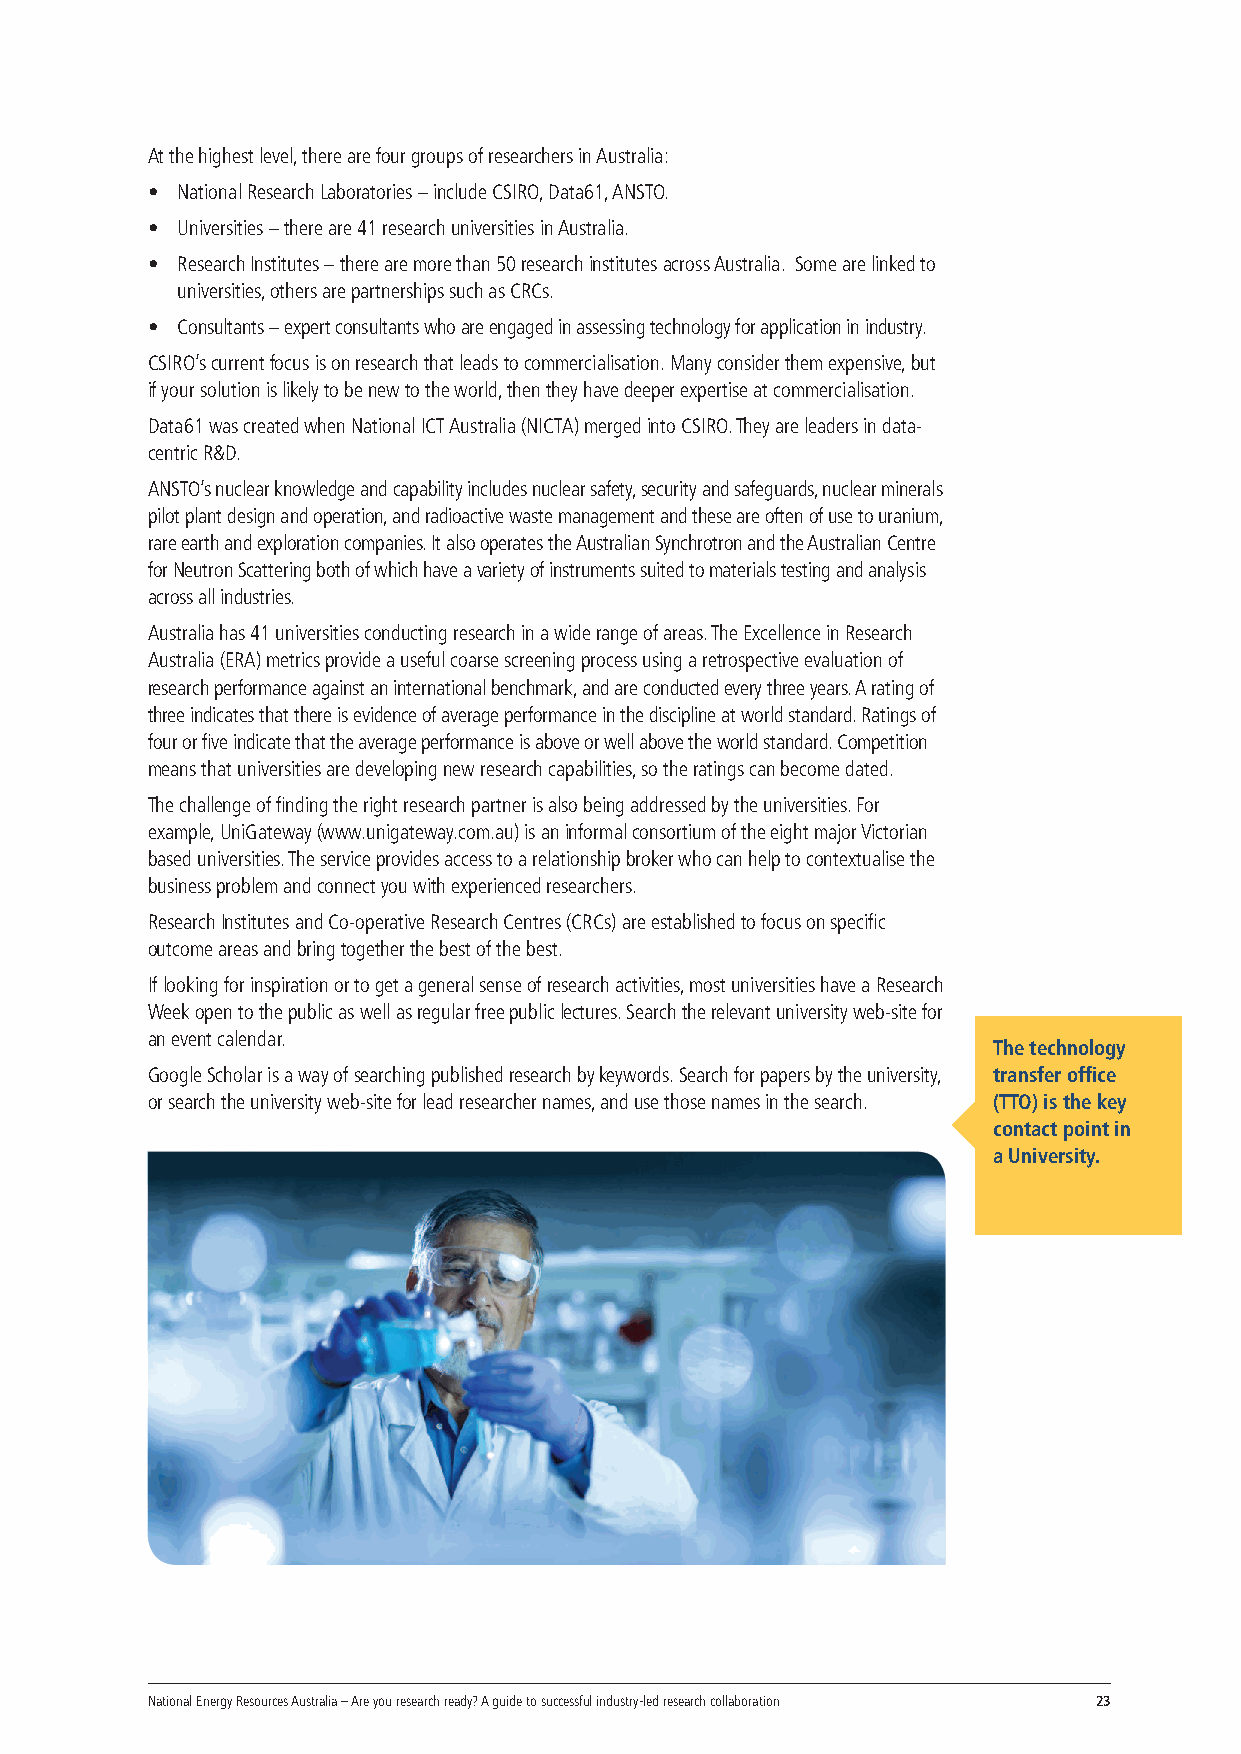
At the highest level, there are four groups of researchers in Australia:
 • National Research Laboratories – include CSIRO, Data61, ANSTO.
 • Universities – there are 41 research universities in Australia.
 • Research Institutes – there are more than 50 research institutes across Australia. Some are linked to
 universities, others are partnerships such as CRCs.
 • Consultants – expert consultants who are engaged in assessing technology for application in industry.
 CSIRO’s current focus is on research that leads to commercialisation. Many consider them expensive, but
 if your solution is likely to be new to the world, then they have deeper expertise at commercialisation.
 Data61 was created when National ICT Australia (NICTA) merged into CSIRO. They are leaders in data-
 centric R&D.
 ANSTO’s nuclear knowledge and capability includes nuclear safety, security and safeguards, nuclear minerals
 pilot plant design and operation, and radioactive waste management and these are often of use to uranium,
 rare earth and exploration companies. It also operates the Australian Synchrotron and the Australian Centre
 for Neutron Scattering both of which have a variety of instruments suited to materials testing and analysis
 across all industries.
 Australia has 41 universities conducting research in a wide range of areas. The Excellence in Research
 Australia (ERA) metrics provide a useful coarse screening process using a retrospective evaluation of
 research performance against an international benchmark, and are conducted every three years. A rating of
 three indicates that there is evidence of average performance in the discipline at world standard. Ratings of
 four or five indicate that the average performance is above or well above the world standard .Competition
 means that universities are developing new research capabilities, so the ratings can become dated.
 The challenge of finding the right research partner is also being addressed by the universities. For
 example, UniGateway (www.unigateway.com.au) is an informal consortium of the eight major Victorian
 based universities. The service provides access to a relationship broker who can help to contextualise the
 business problem and connect you with experienced researchers.
 Research Institutes and Co-operative Research Centres (CRCs) are established to focus on specific
 outcome areas and bring together the best of the best.
 If looking for inspiration or to get a general sense of research activities, most universities have a Research
 Week open to the public as well as regular free public lectures. Search the relevant university web-site for
 an event calendar.
 The technology
 Google Scholar is a way of searching published research by keywords. Search for papers by the university, transfer office
 or search the university web-site for lead researcher names, and use those names in the search. (TTO) is the key
 contact point in
 a University.
 National Energy Resources Australia – Are you research ready? A guide to successful industry-led research collaboration 23